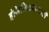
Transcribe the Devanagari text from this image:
इंजिनिअरांसाठी